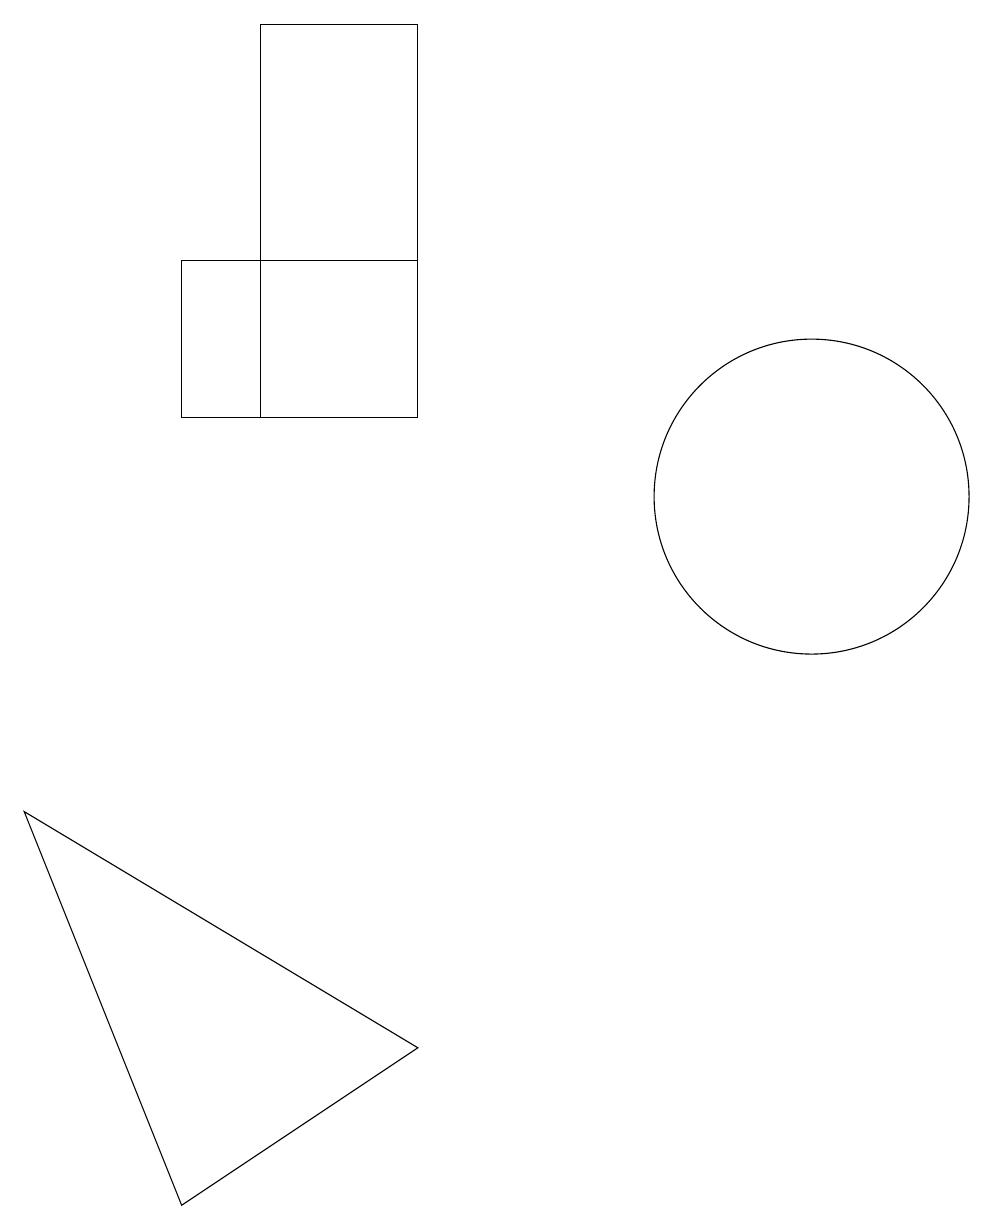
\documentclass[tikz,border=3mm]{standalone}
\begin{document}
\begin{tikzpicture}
\draw (5,13) rectangle (7,18);
\draw (7,5) -- (2,8) -- (4,3) -- cycle;
\draw (7,13) rectangle (4,15);
\draw (12,12) circle (2);
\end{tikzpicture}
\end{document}